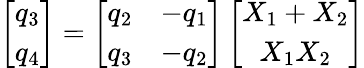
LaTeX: \left[\begin{array}{c}{q_{3}}\\ {q_{4}}\end{array}\right]=\left[\begin{array}{cc}{q_{2}}&{-q_{1}}\\ {q_{3}}&{-q_{2}}\end{array}\right]\left[\begin{array}{c}{X_{1}+X_{2}}\\ {X_{1}X_{2}}\end{array}\right]